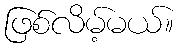
ဖြစ်လိမ့်မယ်။